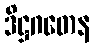
ဒိဋ္ဌဂတေန